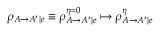
\rho _ { A \rightarrow A ^ { \prime } | e } \equiv \rho _ { A \rightarrow A ^ { \prime } | e } ^ { \eta = 0 } \mapsto \rho _ { A \rightarrow A ^ { \prime } | e } ^ { \eta }